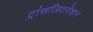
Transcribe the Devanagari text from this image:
ट्रांसलिटरेशन